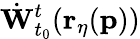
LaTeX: \dot{\mathbf{W}}_{t_{0}}^{t}(\mathbf{r_{\eta}}(\mathbf{p}))